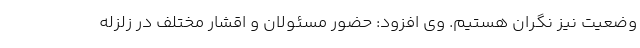
وضعیت نیز نگران هستیم. وی افزود: حضور مسئولان و اقشار مختلف در زلزله